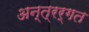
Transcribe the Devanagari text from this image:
अन्त्रर्गत